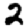
Digit: 2